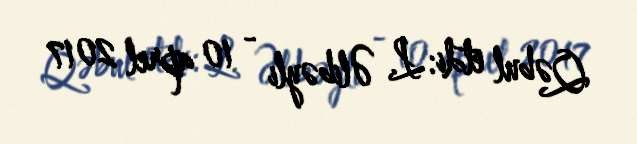
Qəbul etdi: L. Əlibəyli - 10 aprel 2017